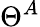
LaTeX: \Theta^{A}